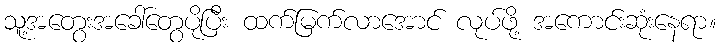
သူ့အတွေးအခေါ်တွေပိုပြီး ထက်မြက်လာအောင် လုပ်ဖို့ အကောင်းဆုံးနေရာ။